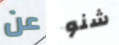
عن شنو